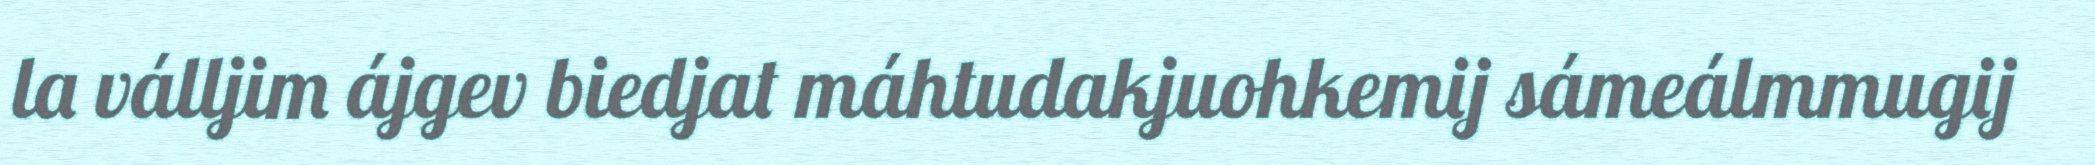
la válljim ájgev biedjat máhtudakjuohkemij sámeálmmugij